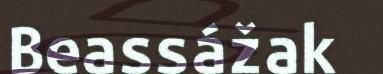
Beassážak